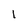
Character: 1